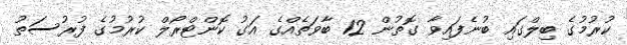
ކުރުމުގެ ބިލްގައި ބުނެފައިވާ ގޮތުން 12 ބާވަތެއްގެ އަގު ކޮންޓްރޯލް ކުރުމުގެ ފުރުުސަތު